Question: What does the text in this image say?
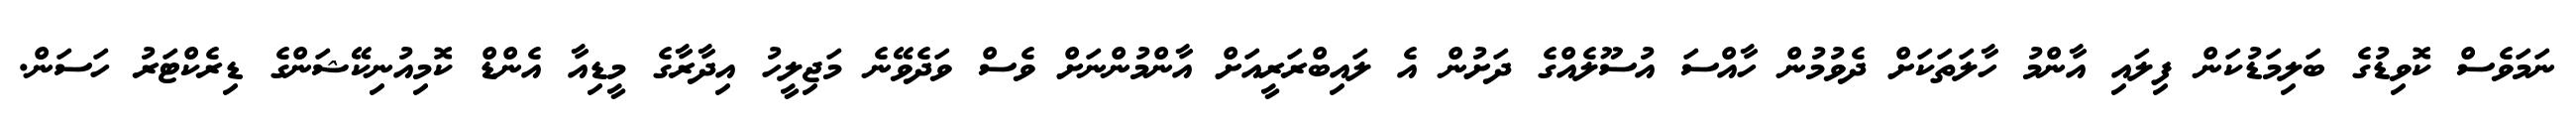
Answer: ނަމަވެސް ކޮވިޑުގެ ބަލިމަޑުކަން ފިލައި އާންމު ހާލަތަކަށް ދެވުމުން ހާއްސަ އުސޫލެއްގެ ދަށުން އެ ލައިބްރަރީއަށް އާންމުންނަށް ވެސް ވަދެވޭނެ މަޖިލީހު އިދާރާގެ މީޑިއާ އެންޑް ކޮމިއުނިކޭޝަންގެ ޑިރެކްޓަރު ހަސަން.